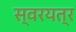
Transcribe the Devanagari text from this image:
स्वरयत्र